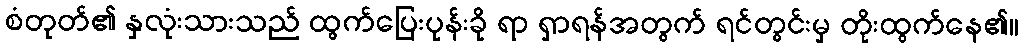
စံတုတ်၏ နှလုံးသားသည် ထွက်ပြေးပုန်းခို ရာ ရှာရန်အတွက် ရင်တွင်းမှ တိုးထွက်နေ၏။